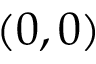
( 0 , 0 )